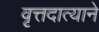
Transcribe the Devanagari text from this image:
वृत्तदात्याने